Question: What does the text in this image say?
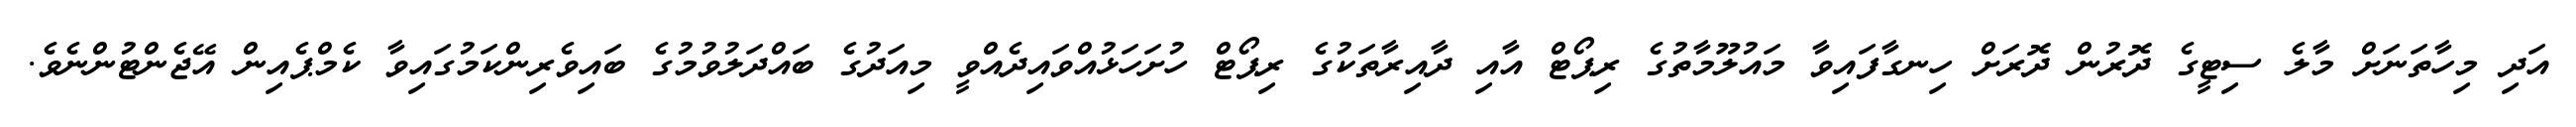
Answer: އަދި މިހާތަނަށް މާލެ ސިޓީގެ ދޮރުން ދޮރަށް ހިނގާފައިވާ މައުލޫމާތުގެ ރިޕޯޓް އާއި ދާއިރާތަކުގެ ރިޕޯޓް ހުށަހަޅުއްވައިދެއްވީ މިއަދުގެ ބައްދަލުވުމުގެ ބައިވެރިންކަމުގައިވާ ކެމްޕެއިން އޭޖެންޓުންނެވެ.